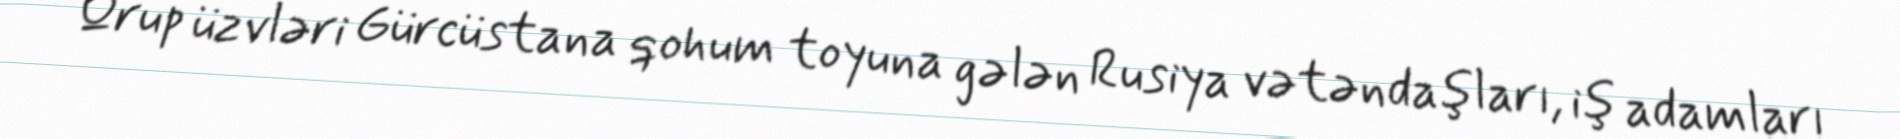
Qrup üzvləri Gürcüstana qohum toyuna gələn Rusiya vətəndaşları, iş adamları